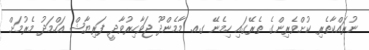
ނުރައްކާތެރި ކުށްވެރިންގެ ތެރޭގައި ހިމެނޭ ގއ. މާމެންދޫ ޖަވާހިރުވާދީ ފަރިޔާޝް އަހްމަދު މެރުމަށް